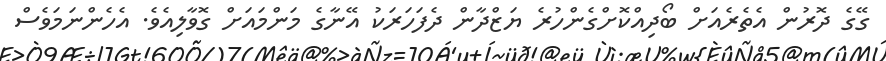
ގޭގެ ދޮރުން އެތެރެއަށް ބޯދިއްކޮށްގެންހުރެ ޔަޒްދާން ދެފަހަރަކު އޭނާގެ މަންމައަށް ގޮވާލިއެވެ. އެހެންނަމަވެސް